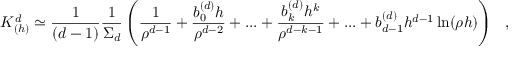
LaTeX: K _ { ( h ) } ^ { d } \simeq { \frac { 1 } { ( d - 1 ) } } { \frac { 1 } { \Sigma _ { d } } } \left( { \frac { 1 } { \rho ^ { d - 1 } } } + { \frac { b _ { 0 } ^ { ( d ) } h } { \rho ^ { d - 2 } } } + . . . + { \frac { b _ { k } ^ { ( d ) } h ^ { k } } { \rho ^ { d - k - 1 } } } + . . . + b _ { d - 1 } ^ { ( d ) } h ^ { d - 1 } \ln ( \rho h ) \right) ~ ~ ,